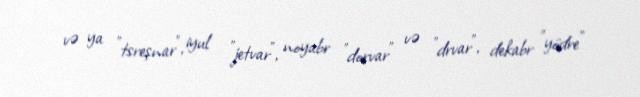
və ya "tsreşnar", iyul "jetvar", noyabr "dorvar" və "drvar", dekabr "yödre"